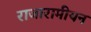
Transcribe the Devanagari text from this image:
राजारामीयन